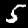
Label: 5